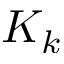
K _ { k }